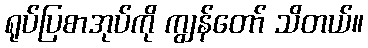
ရုပ်ပြစာအုပ်ကို ကျွန်တော် သိတယ်။